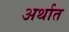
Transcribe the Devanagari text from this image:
अर्थात